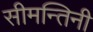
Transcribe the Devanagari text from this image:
सीमन्तिनी